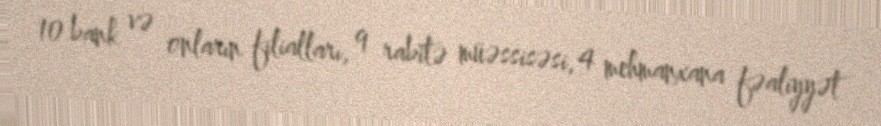
10 bank və onların filialları, 9 rabitə müəssisəsi, 4 mehmanxana fəaliyyət